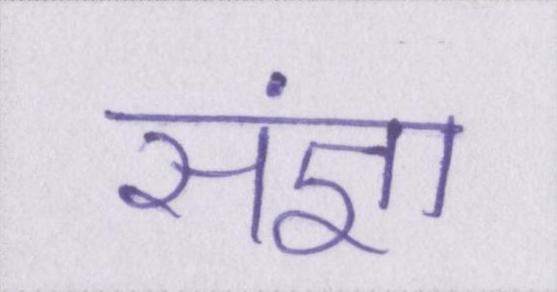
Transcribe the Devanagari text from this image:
संज्ञा